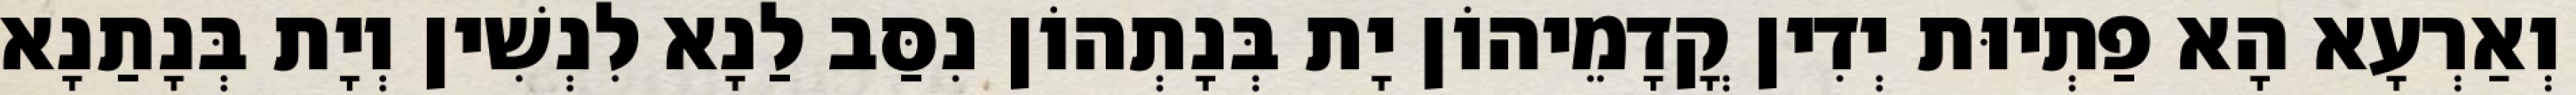
וְאַרְעָא הָא פַתְיוּת יְדִין קֳדָמֵיהוֹן יָת בְּנָתְהוֹן נִסַּב לַנָא לִנְשִׁין וְיָת בְּנָתַנָא